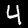
Label: 4